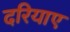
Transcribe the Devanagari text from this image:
दरियाए